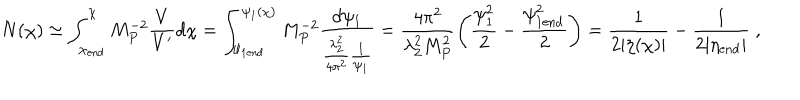
N ( \chi ) \simeq \int _ { \chi _ { \mathrm { e n d } } } ^ { \chi } M _ { P } ^ { - 2 } \frac { V } { V ^ { \prime } } d \chi = \int _ { \psi _ { 1 \mathrm { e n d } } } ^ { \psi _ { 1 } ( \chi ) } M _ { P } ^ { - 2 } \frac { d \psi _ { 1 } } { \frac { \lambda _ { 2 } ^ { 2 } } { 4 \pi ^ { 2 } } \frac { 1 } { \psi _ { 1 } } } = \frac { 4 \pi ^ { 2 } } { \lambda _ { 2 } ^ { 2 } M _ { P } ^ { 2 } } \left( \frac { \psi _ { 1 } ^ { 2 } } { 2 } - \frac { \psi _ { 1 \mathrm { e n d } } ^ { 2 } } { 2 } \right) = \frac { 1 } { 2 | \eta ( \chi ) | } - \frac { 1 } { 2 | \eta _ { \mathrm { e n d } } | } \; ,